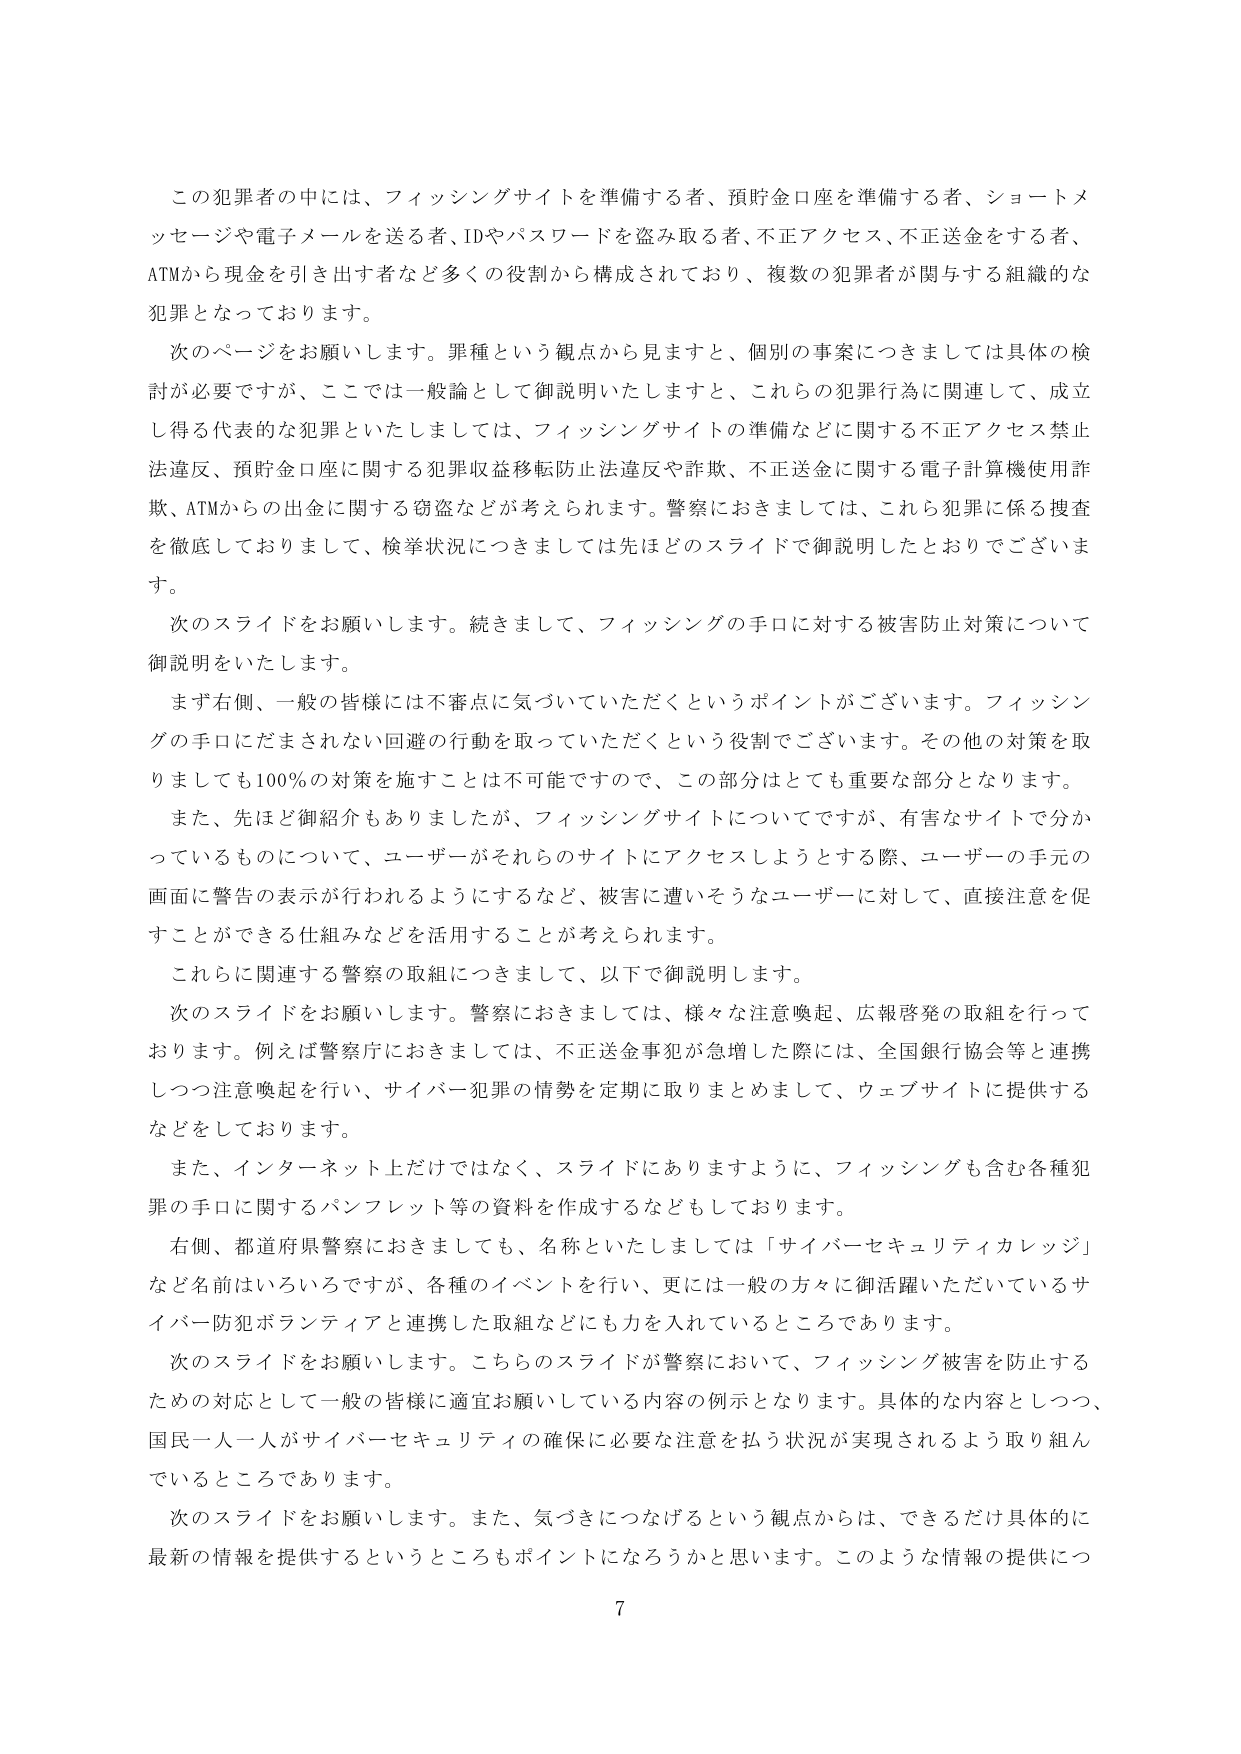
この犯罪者の中には、フィッシングサイトを準備する者、預貯金口座を準備する者、ショートメッセージや電子メールを送る者、IDやパスワードを盗み取る者、不正アクセス、不正送金をする者、ATMから現金を引き出す者など多くの役割から構成されており、複数の犯罪者が関与する組織的な犯罪となっております。

次のページをお願いします。罪種という観点から見ますと、個別の事案につきましては具体的な検討が必要ですが、ここでは一般論として御説明いたしますと、これらの犯罪行為に関連して、成立し得る代表的な犯罪といたしましては、フィッシングサイトの準備などに関する不正アクセス禁止法違反、預貯金口座に関する犯罪収益移転防止法違反や詐欺、不正送金に関する電子計算機使用詐欺、ATMからの出金に関する窃盗などが考えられます。警察におきましては、これら犯罪に係る捜査を徹底しておりまして、検挙状況につきましては先ほどのスライドで御説明したとおりでございます。

次のスライドをお願いします。続きまして、フィッシングの手口に対する被害防止対策について御説明をいたします。

まず右側、一般の皆様には不審点に気づいていただくというポイントがございます。フィッシングの手口にだまされない回避の行動を取っていただくという役割でございます。その他の対策を取りましても100％の対策を施すことは不可能ですので、この部分はとても重要な部分となります。

また、先ほど御紹介もありましたが、フィッシングサイトについてですが、有害なサイトで分かっているものについて、ユーザーがそれらのサイトにアクセスしようとする際、ユーザーの手元の画面に警告の表示が行われるようにするなど、被害に遭いそうなユーザーに対して、直接注意を促すことができる仕組みなどを活用することが考えられます。

これらに関連する警察の取組につきまして、以下で御説明します。

次のスライドをお願いします。警察におきましては、様々な注意喚起、広報啓発の取組を行っております。例えば警察庁におきましては、不正送金事犯が急増した際には、全国銀行協会等と連携しつつ注意喚起を行い、サイバー犯罪の情勢を定期に取りまとめまして、ウェブサイトに提供するなどをしております。

また、インターネット上だけではなく、スライドにありますように、フィッシングも含む各種犯罪の手口に関するパンフレット等の資料を作成するなどもしております。

右側、都道府県警察におきましても、名称といたしましては「サイバーセキュリティカレッジ」など名前はいろいろですが、各種のイベントを行い、更には一般の方々に御活躍いただいているサイバー防犯ボランティアと連携した取組などにも力を入れているところであります。

次のスライドをお願いします。こちらのスライドが警察において、フィッシング被害を防止するための対応として一般の皆様に適宜お願いしている内容の例示となります。具体的な内容としつつ、国民一人一人がサイバーセキュリティの確保に必要な注意を払う状況が実現されるよう取り組んでいるところであります。

次のスライドをお願いします。また、気づきにつなげるという観点からは、できるだけ具体的に最新の情報を提供するというところもポイントになるろうかと思います。このような情報の提供につ

7